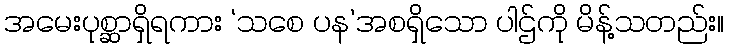
အမေးပုစ္ဆာရှိရကား ‘သစေ ပန’အစရှိသော ပါဌ်ကို မိန့်သတည်း။